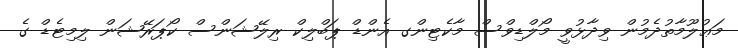
މަޢުލޫމާތުދެމުން ވިދާޅުވީ މޯލްޑިވްސް މާކެޓިންގ އެންޑް ޕަބްލިކް ރިލޭޝަންސް ކޯޕަރޭޝަން ލިމިޓެޑް ގެ